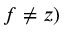
f \neq z )